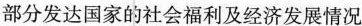
部分发达国家的社会福利及经济发展情况